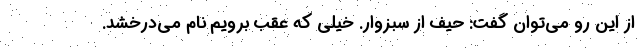
از این رو می‌توان گفت: حیف از سبزوار. خیلی که عقب برویم نام می‌درخشد.